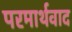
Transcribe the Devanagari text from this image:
परमार्थवाद